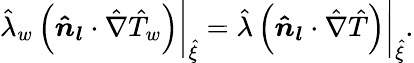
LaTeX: \hat{\lambda}_{w}\left(\boldsymbol{\hat{n}_{l}}\cdot\hat{\nabla}\hat{T}_{w}\right)\bigg\vert_{\hat{\xi}}=\hat{\lambda}\left(\boldsymbol{\hat{n}_{l}}\cdot\hat{\nabla}\hat{T}\right)\bigg\vert_{\hat{\xi}}.